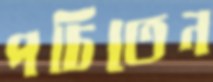
পচিতেন